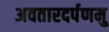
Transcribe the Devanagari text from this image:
अवतारदर्पणमु